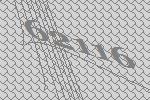
62116